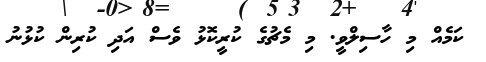
ކަމެއް މި ހާސިލްވީ. މި މެޗުގެ ކުރީކޮޅު ވެސް އަދި ކުރިން ކުޅުނު